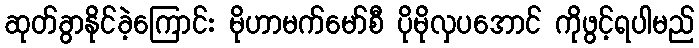
ဆုတ်ခွာနိုင်ခဲ့ကြောင်း မိုဟာမက်မော်စီ ပိုမိုလှပအောင် ကိုဖွင့်ရပါမည်